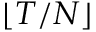
\lfloor { T } / { N } \rfloor